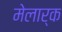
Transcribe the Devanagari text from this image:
मेलार्क